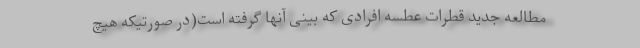
مطالعه جدید قطرات عطسه افرادی که بینی آنها گرفته است(در صورتیکه هیچ